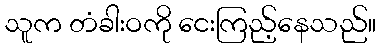
သူက တံခါးဝကို ငေးကြည့်နေသည်။